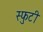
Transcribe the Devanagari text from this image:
स्फुटी